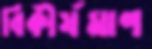
বিকীর্যমাণ